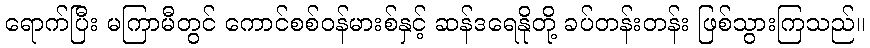
ရောက်ပြီး မကြာမီတွင် ကောင်စစ်ဝန်မားစ်နှင့် ဆန်ဒရေနိုတို့ ခပ်တန်းတန်း ဖြစ်သွားကြသည်။